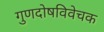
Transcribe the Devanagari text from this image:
गुणदोषविवेचक